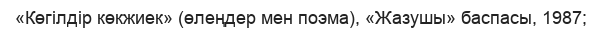
«Көгілдір көкжиек» (өлеңдер мен поэма), «Жазушы» баспасы, 1987;